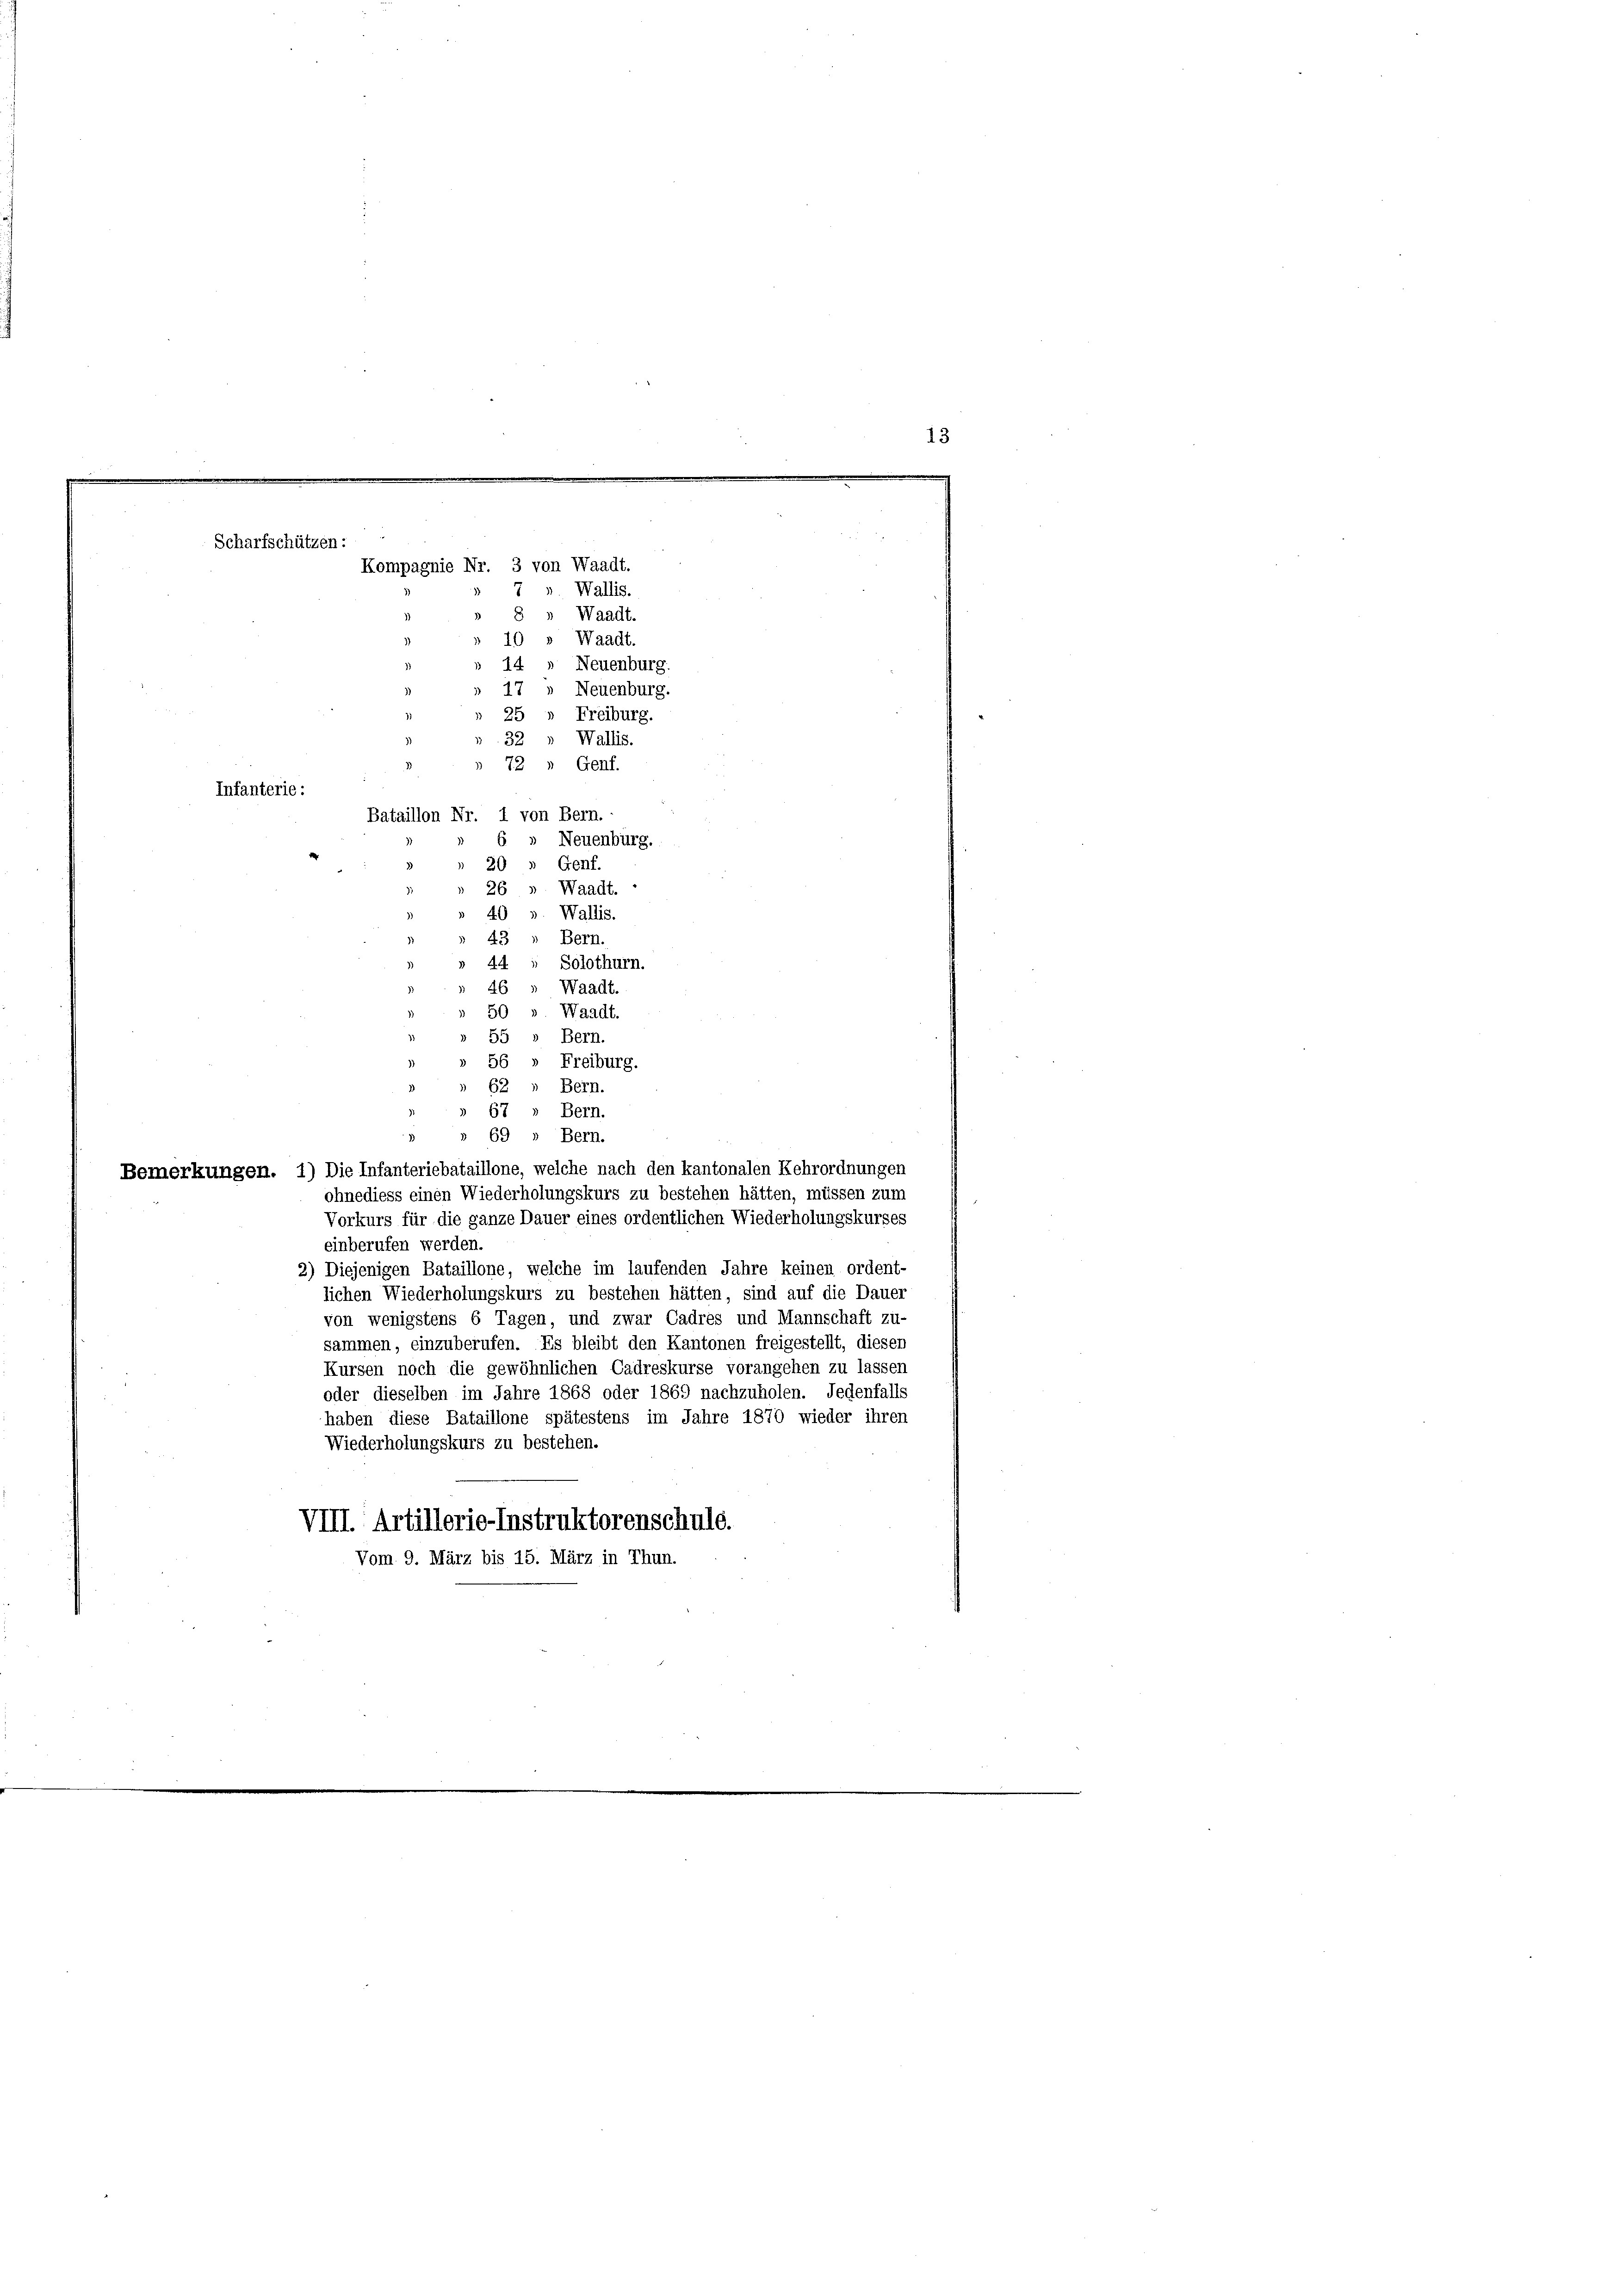
14
17 » Neuenburg.
25
32
72
Infanterie:
Bataillon Nr. 1 von Bern.
6 » Neuenburg.

Scharfschützen:
Kompagnie Nr. 3 von Waadt.

Wallis.
Waadt.
Waadt.
Neuenburg.
Freiburg.
Wallis.
Genf.
20 " Genf.
26 » Waadt.
40
Wallis.
Bern.
43
u
Solothurn.
Waadt.
50
Waadt.
55
Bern.
56 » Freiburg.
62
Bern.
67
Bern.
3
69
Bern.
Bemerkungen. 1) Die Infanteriebataillone, welche nach den kantonalen Kehrordnungen
ohnediess einen Wiederholungskurs zu bestehen hätten, müssen zum
Vorkurs für die ganze Dauer eines ordentlichen Wiederholungskurses
einberufen werden.
2) Diejenigen Bataillone, welche im laufenden Jahre keinen ordent-
lichen Wiederholungskurs zu bestehen hätten, sind auf die Dauer
von wenigstens 6 Tagen, und zwar Cadres und Mannschaft zu-
sammen, einzuberufen. Es bleibt den Kantonen freigestellt, diesen
Kursen noch die gewöhnlichen Cadreskurse vorangehen zu lassen
oder dieselben im Jahre 1868 oder 1869 nachzuholen. Jedenfalls
haben diese Bataillone spätestens im Jahre 1870 wieder ihren
Wiederholungskurs zu bestehen.
VIII. Artillerie-Instruktorenschule.
Vom 9. März bis 15. März in Thun.